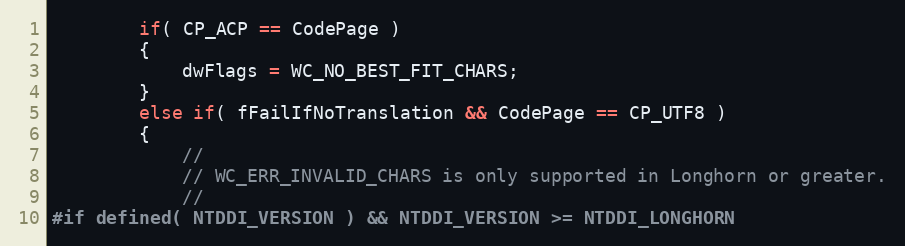
Language: C
        if( CP_ACP == CodePage )
        {
            dwFlags = WC_NO_BEST_FIT_CHARS;
        }
        else if( fFailIfNoTranslation && CodePage == CP_UTF8 )
        {
            //
            // WC_ERR_INVALID_CHARS is only supported in Longhorn or greater.
            //
#if defined( NTDDI_VERSION ) && NTDDI_VERSION >= NTDDI_LONGHORN